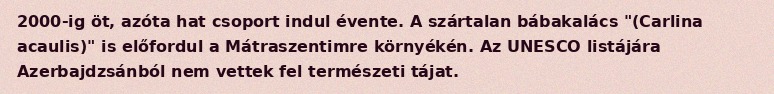
2000-ig öt, azóta hat csoport indul évente. A szártalan bábakalács "(Carlina acaulis)" is előfordul a Mátraszentimre környékén. Az UNESCO listájára Azerbajdzsánból nem vettek fel természeti tájat.